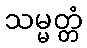
သမ္မတ္တံ